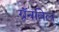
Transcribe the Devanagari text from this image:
ग्रॅनविल